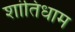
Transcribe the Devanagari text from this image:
शांतिधाम